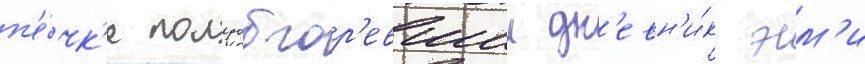
п'е́чк'е полуобгор'евшии дн'евн'и́к эм'и